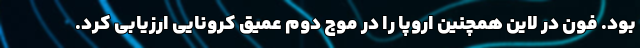
بود. فون در لاین همچنین اروپا را در موج دوم عمیق کرونایی ارزیابی کرد.